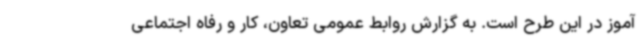
آموز در این طرح است. به گزارش روابط عمومی تعاون، کار و رفاه اجتماعی